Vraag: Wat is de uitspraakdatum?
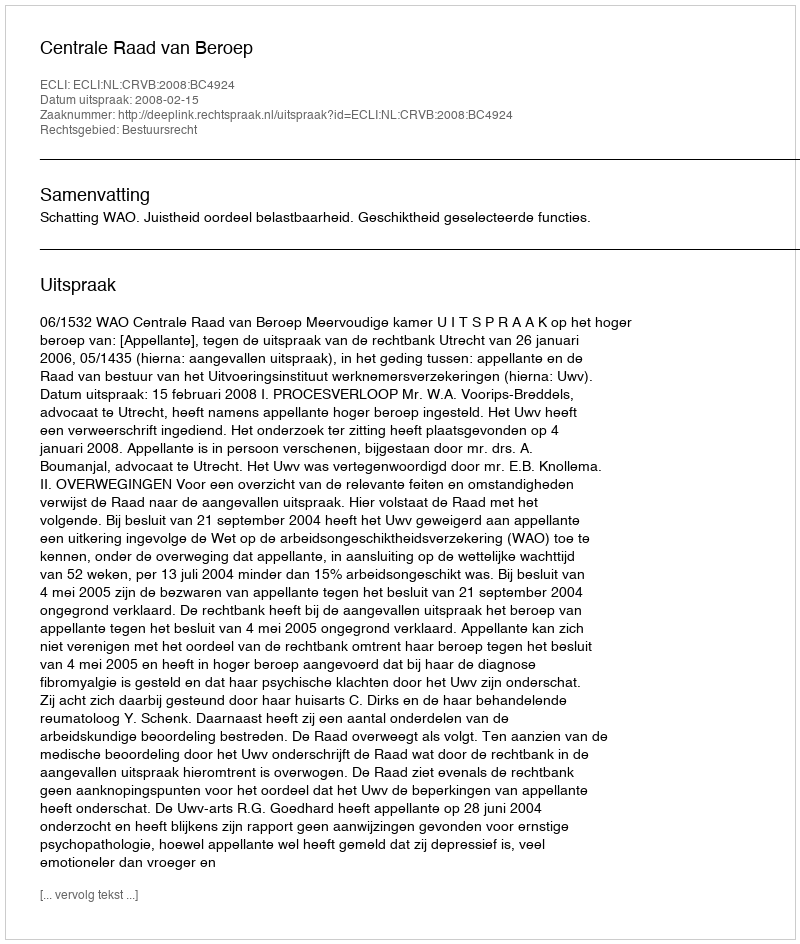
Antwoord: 2008-02-15